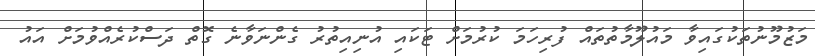
މަޒުމޫނުތަކުގައިވާ މައުލޫމާތުތައް ފުރިހަމަ ކުރުމަށް ޓަކައި އުނިއިތުރު ގެންނަވާނެ ގޮތް ދަސްކުރެއްވުމަށް އައު